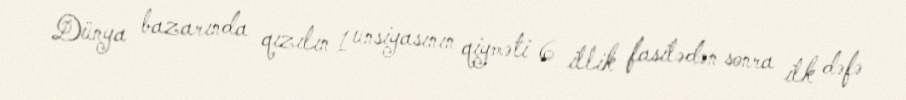
Dünya bazarında qızılın 1 unsiyasının qiyməti 6 illik fasilədən sonra ilk dəfə